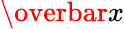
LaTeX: \overbar{x}